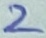
Text: 2